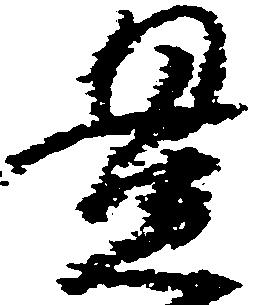
貫